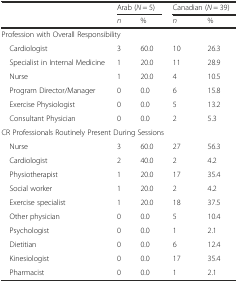
| <ROWSPAN=2>  | <COLSPAN=2> Arab (N = 5) | <COLSPAN=2> Canadian (N = 39) |
 | n | % | n | % |
 | --- | --- | --- | --- | --- |
 | <COLSPAN=5> Profession with Overall Responsibility |
 | Cardiologist | 3 | 60.0 | 10 | 26.3 |
 | Specialist in Internal Medicine | 1 | 20.0 | 11 | 28.9 |
 | Nurse | 1 | 20.0 | 4 | 10.5 |
 | Program Director/Manager | 0 | 0.0 | 6 | 15.8 |
 | Exercise Physiologist | 0 | 0.0 | 5 | 13.2 |
 | Consultant Physician | 0 | 0.0 | 2 | 5.3 |
 | <COLSPAN=5> CR Professionals Routinely Present During Sessions |
 | Nurse | 3 | 60.0 | 27 | 56.3 |
 | Cardiologist | 2 | 40.0 | 2 | 4.2 |
 | Physiotherapist | 1 | 20.0 | 17 | 35.4 |
 | Social worker | 1 | 20.0 | 2 | 4.2 |
 | Exercise specialist | 1 | 20.0 | 18 | 37.5 |
 | Other physician | 0 | 0.0 | 5 | 10.4 |
 | Psychologist | 0 | 0.0 | 1 | 2.1 |
 | Dietitian | 0 | 0.0 | 6 | 12.4 |
 | Kinesiologist | 0 | 0.0 | 17 | 35.4 |
 | Pharmacist | 0 | 0.0 | 1 | 2.1 |